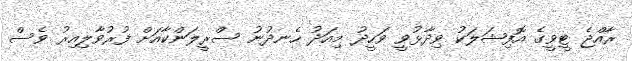
ރާއްޖެ ޓީވީގެ އޮފިޝަލަކު ވިދާޅުވީ ވަހީދު މިއަދު ހެނދުނު ސްރީލަންކާއަށް ފުރުވާލިއިރު ވެސް